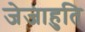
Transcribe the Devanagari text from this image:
जेजाहुति